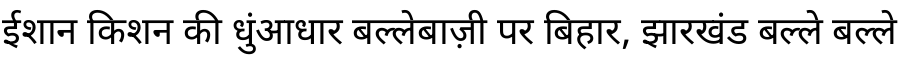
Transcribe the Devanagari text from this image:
ईशान किशन की धुंआधार बल्लेबाज़ी पर बिहार, झारखंड बल्ले बल्ले